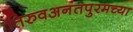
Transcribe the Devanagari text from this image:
तिरुवअनंतपुरमच्या